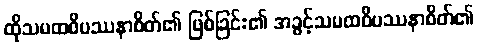
ထိုသမထဝိပဿနာစိတ်၏ ဖြစ်ခြင်း၏ အခွင့်သမထဝိပဿနာစိတ်၏